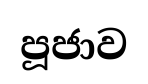
පූජාව